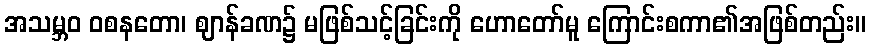
အသမ္ဘဝ ဝစနတော၊ ဈာန်ခဏ၌ မဖြစ်သင့်ခြင်းကို ဟောတော်မူ ကြောင်းစကာ၏အဖြစ်တည်း။